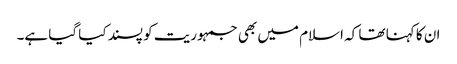
ان کا کہنا تھا کہ اسلام میں بھی جمہوریت کو پسند کیا گیا ہے۔